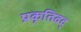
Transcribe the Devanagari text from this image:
प्रकृतिवद्